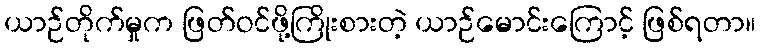
ယာဉ်တိုက်မှုက ဖြတ်ဝင်ဖို့ကြိုးစားတဲ့ ယာဉ်မောင်းကြောင့် ဖြစ်ရတာ။